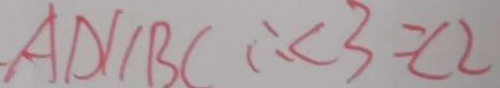
A D / / B C \therefore \angle 3 = \angle 2